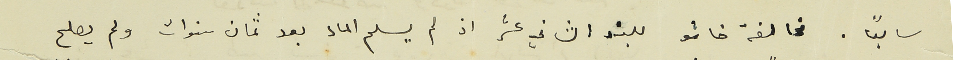
سابعًا. مخالفة خاشو للبند الثاني عشر اذ لم يسلم الماء بعد ثمان سنوات ولم يصلح